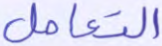
التعامل